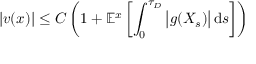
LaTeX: | v ( x ) | \leq C \left( 1 + \mathbb { E } ^ { x } \left[ \int _ { 0 } ^ { \tau _ { D } } { \big | } g ( X _ { s } ) { \big | } \, \mathrm { d } s \right] \right)